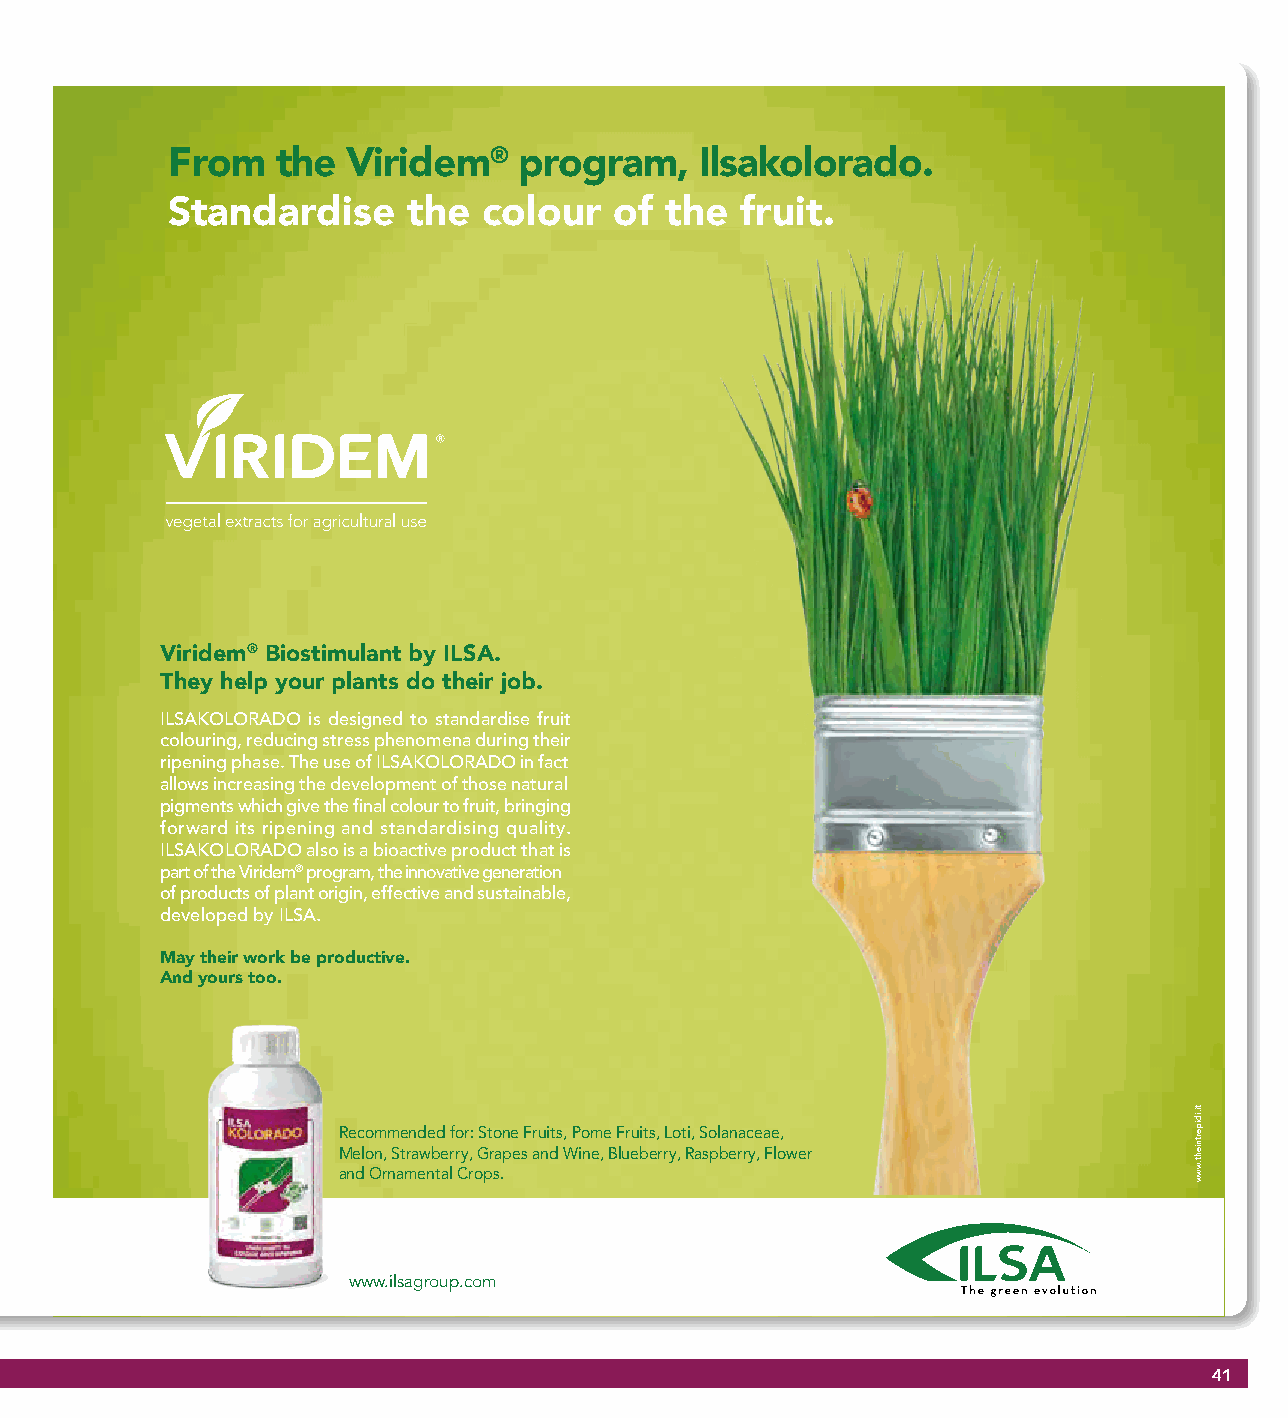
From   the  Viridem®   program,    Ilsakolorado.
 Standardise     the  colour   of the  fruit.
 Viridem® Biostimulant by ILSA.
 They help your plants do their job.
 ILSAKOLORADO is designed to standardise fruit
 colouring, reducing stress phenomena during their
 ripening phase. The use of ILSAKOLORADO in fact
 allows increasing the development of those natural
 pigments which give the final colour to fruit, bringing
 forward its ripening and standardising quality.
 ILSAKOLORADO also is a bioactive product that is
 part of the Viridem® program, the innovative generation
 of products of plant origin, effective and sustainable,
 developed by ILSA.
 May their work be productive.
 And yours too.
 Recommended for: Stone Fruits, Pome Fruits, Loti, Solanaceae,
 Melon, Strawberry, Grapes and Wine, Blueberry, Raspberry, Flower
 and Ornamental Crops.
 www.ilsagroup.com
 41
 ti.idipertnieht.www